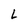
Character: L